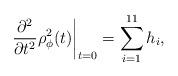
LaTeX: \begin{align*}\left.\frac{\partial^{2}}{\partial t^{2}} \rho_{\phi}^{2} (t) \right|_{t=0}= \sum_{i=1}^{11} h_{i}, \end{align*}